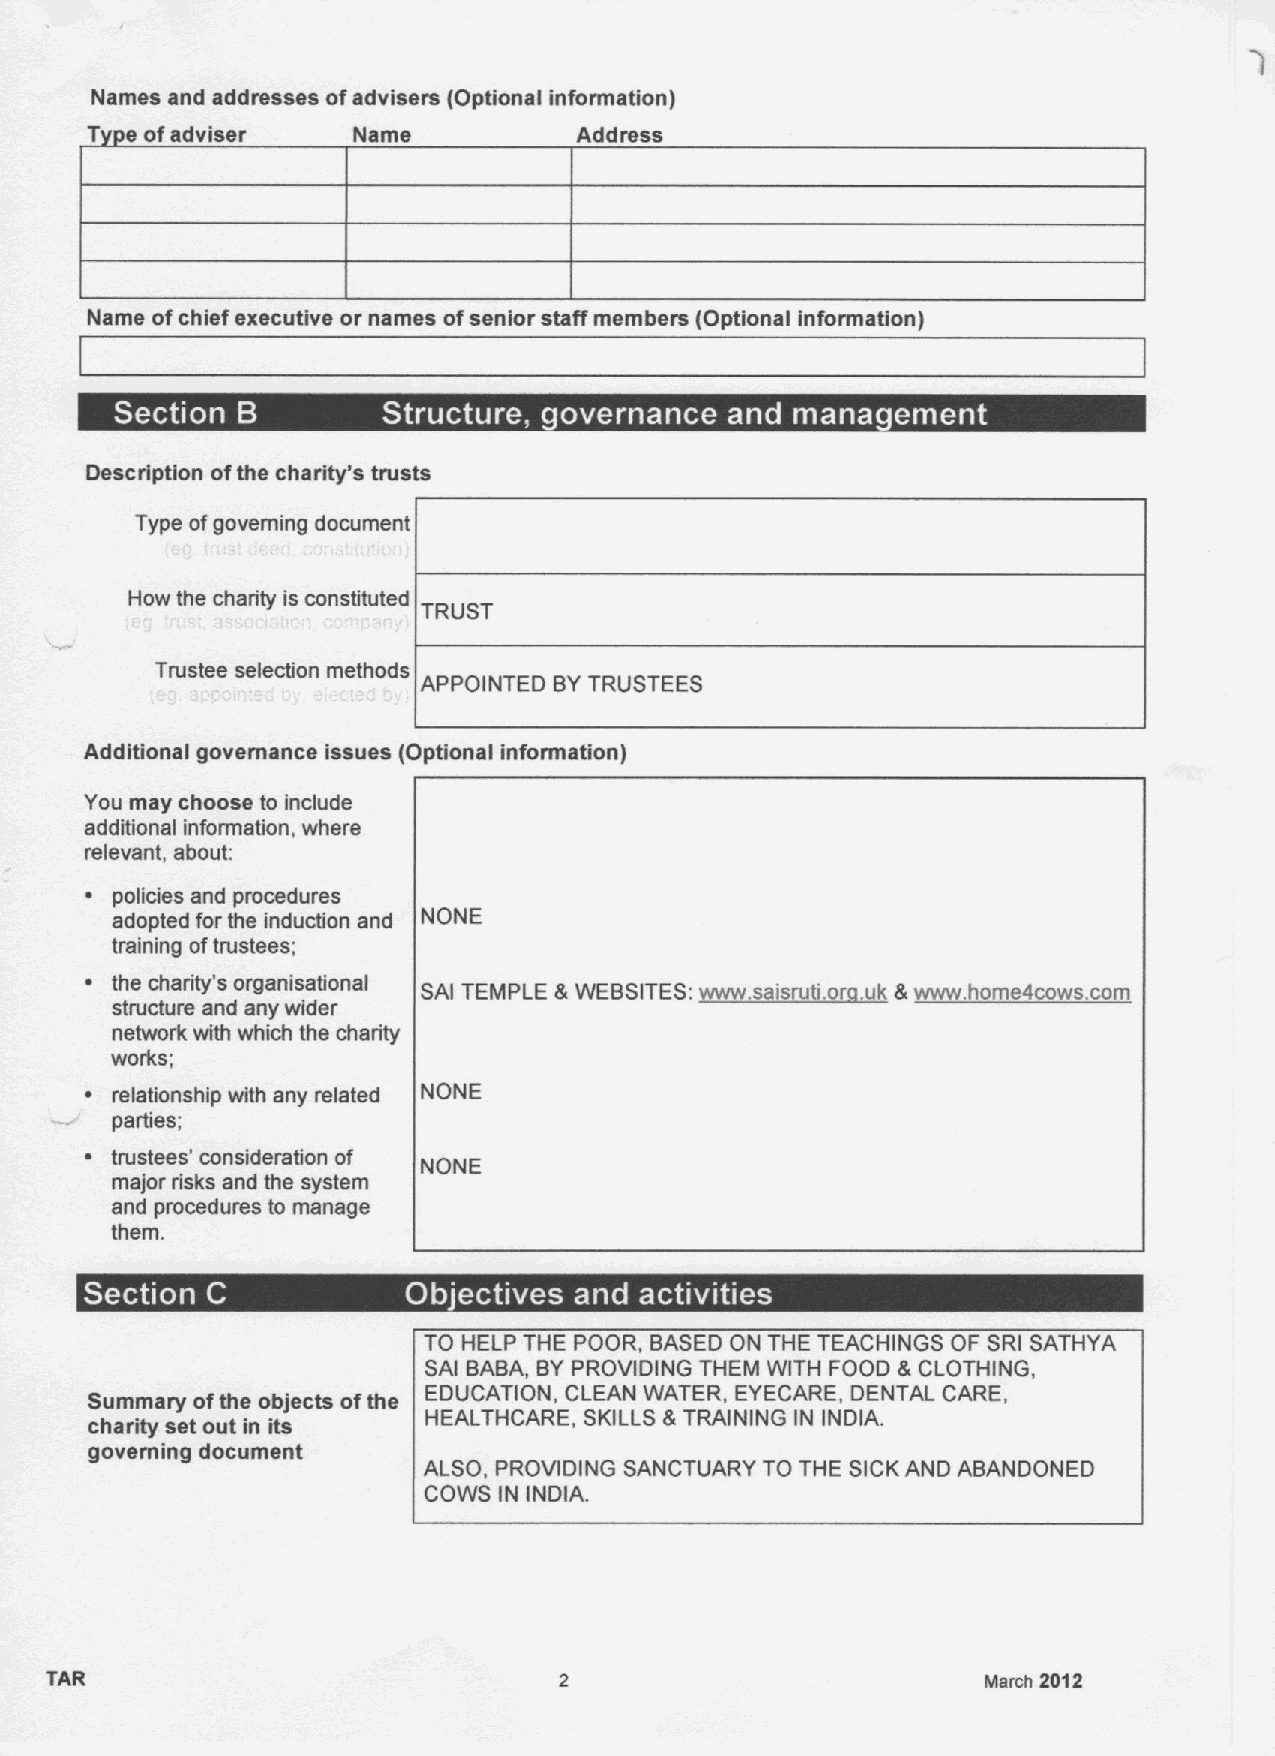
Names and addresses ofadvisers (Optional information)
 T  ofadviser     Name           Address
 Name ofchief executive or names ofsenior staff members (Optional Information)
 ~  g                   ~ ~            ~      ~
 Description ofthe charity's trusts
 Type of governing document
 How the charity is constituted
 TRUST
 Trustee selection methods
 APPOINTED BYTRUSTEES
 Additional governance issues (Optional information)
 You may choose to include
 additional information, where
 relevant, about:
 policies and procedures
 adopted for the inducbon and NONE
 training oftrustees;
 the charity's organisational SAI TEMPLE &WE&SITES:~i&. . k & .h 4
 structure and any wider
 network with which the charity
 works;
 relationship with any related NONE
 parties;
 trustees' considerabon of
 NONE
 major risks and the system
 and procedures to manage
 them.
 ~
 ~
 TO HELP THE POOR, BASED ON THE TEACHINGS OF SRI SATHYA
 SAI BABA, BYPROVIDING THEM WITH FOOD &CLOTHING,
 Summary ofthe objects ofthe EDUCATION, CLEAN WATER, EYECARE, DENTAL CARE,
 charity set out in its HEALTHCARE, SKILLS&TRAINING IN INDIA.
 governing document
 ALSO, PROVIDING SANCTUARY TO THE SICKAND ABANDONED
 COWS IN INDIA.
 TAR                                                           March 2012